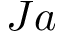
J a